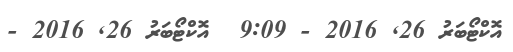
އޮކްޓޯބަރު 26